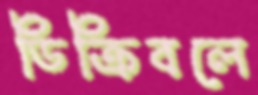
ডিক্রিবলে